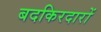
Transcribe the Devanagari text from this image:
बदकिरदारों